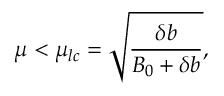
\mu < \mu _ { l c } = \sqrt { \frac { \delta b } { B _ { 0 } + \delta b } } ,